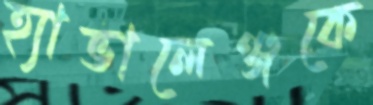
হ্যাভালেঞ্জকে